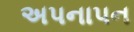
અપનાપન